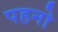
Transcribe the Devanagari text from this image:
पहनो